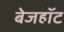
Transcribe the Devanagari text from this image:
बेजहॉट